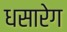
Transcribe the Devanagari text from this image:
धसारेग